65_HS1-834228961_62-HQ-83894_Section_3
Agency: FBI
Page 88
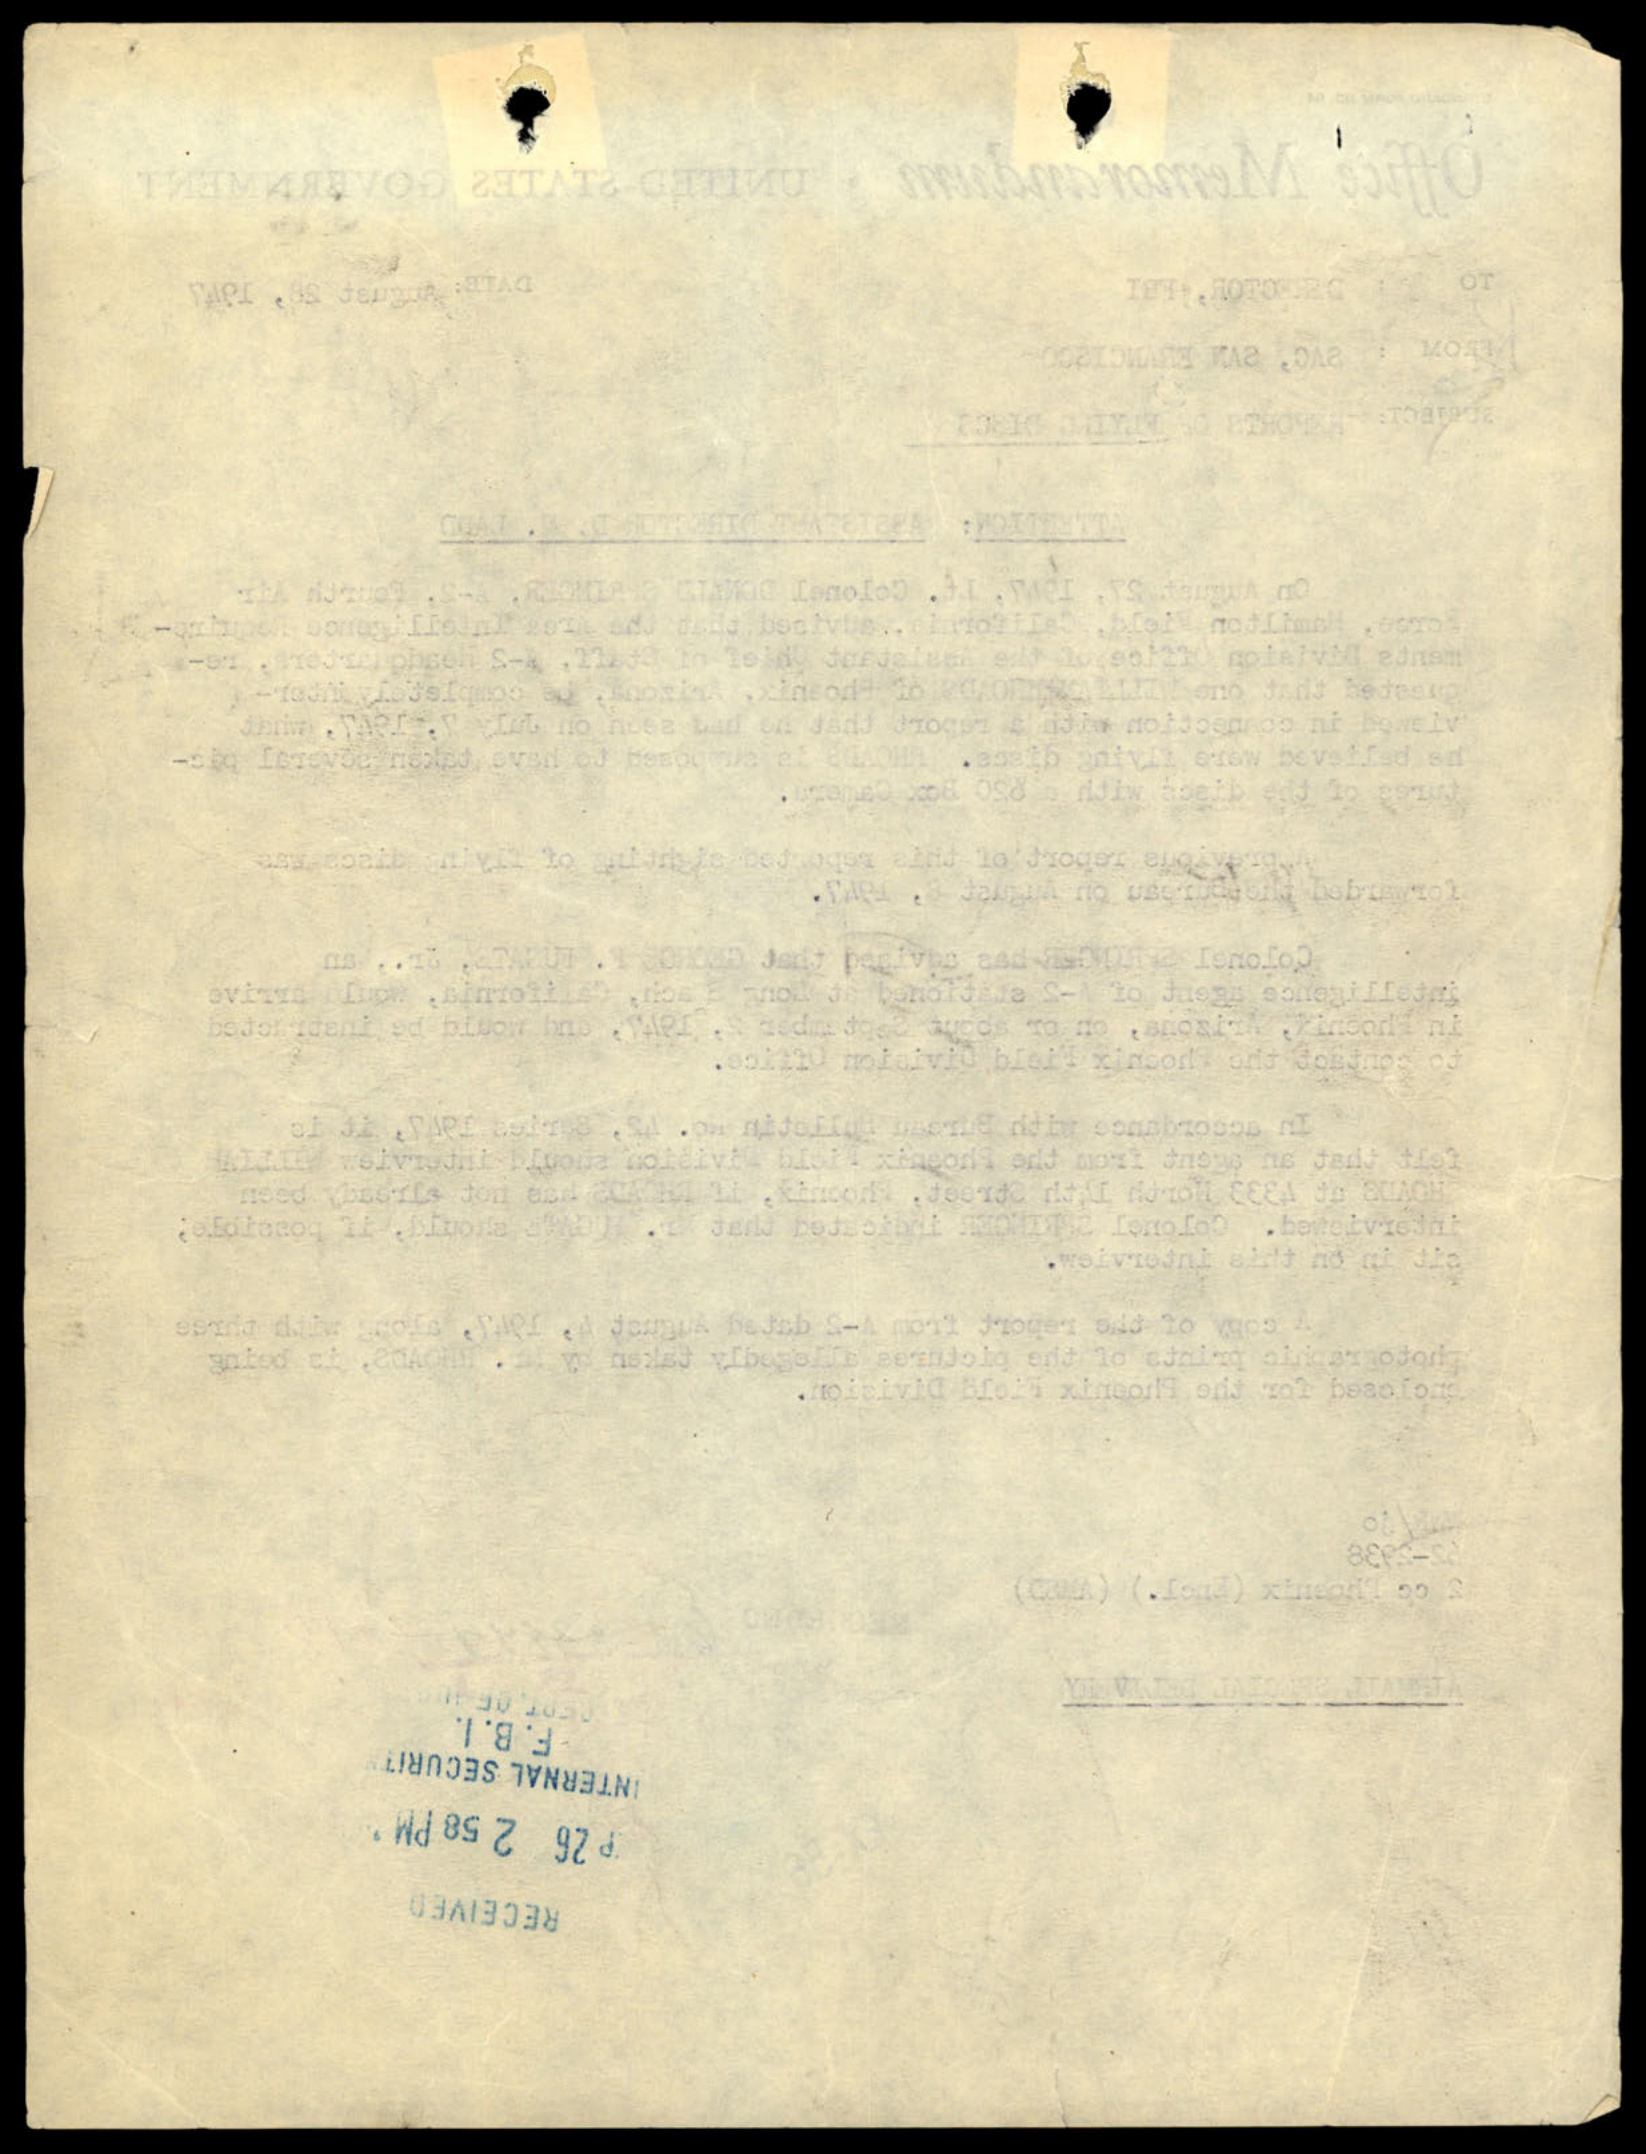